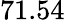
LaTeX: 71.54